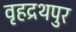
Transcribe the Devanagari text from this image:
वृहद्रथपुर